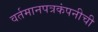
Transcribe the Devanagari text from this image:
वर्तमानपत्रकंपनीची